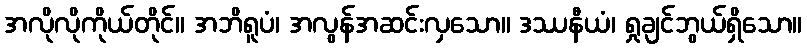
အလိုလိုကိုယ်တိုင်။ အဘိရူပံ၊ အလွန်အဆင်းလှသော။ ဒဿနီယံ၊ ရှုချင်ဘွယ်ရှိသော။